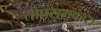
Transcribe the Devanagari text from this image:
तापसमकारा